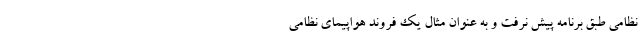
نظامی طبق برنامه پیش نرفت و به عنوان مثال یک فروند هواپیمای نظامی